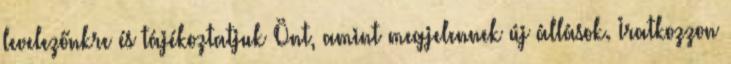
levelezőnkre és tájékoztatjuk Önt, amint megjelennek új állások. Iratkozzon